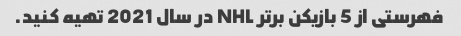
فهرستی از 5 بازیکن برتر NHL در سال 2021 تهیه کنید.